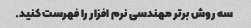
سه روش برتر مهندسی نرم افزار را فهرست کنید.